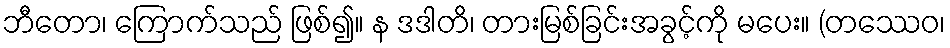
ဘီတော၊ ကြောက်သည် ဖြစ်၍။ န ဒဒါတိ၊ တားမြစ်ခြင်းအခွင့်ကို မပေး။ (တဿေဝ၊